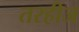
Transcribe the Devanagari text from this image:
तरहीज